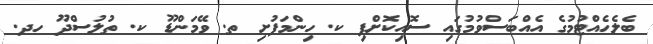
ބެލެހެއްޓުމުގެ އެއްބަސްވުމުގައި ސޮއިކޮށްފި ކ. ހިންމަފުށި ތ. ވޭމަންޑޫ ކ. ތުލުސްދޫ ހދ.